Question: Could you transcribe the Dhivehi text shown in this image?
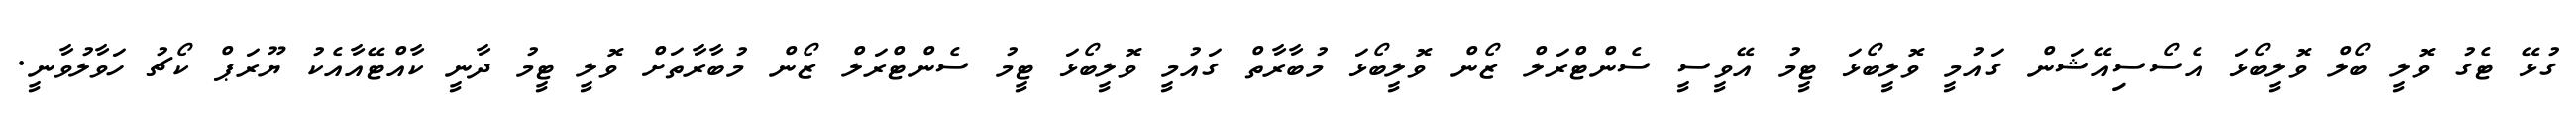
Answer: ގުޅޭ ޓެގު ވޮލީ ބޯލް ވޮލީބޯޅަ އެސޯސިއޭޝަން ގައުމީ ވޮލީބޯޅަ ޓީމު އޭވީސީ ސެންޓްރަލް ޒޯން ވޮލީބޯޅަ މުބާރާތް ގައުމީ ވޮލީބޯޅަ ޓީމު ސެންޓްރަލް ޒޯން މުބާރާތަށް ވޮލީ ޓީމު ދާނީ ކާއްޓޭއާއެކު ޔޫރަޕް ކޯޗު ހަވާލުވާނީ.